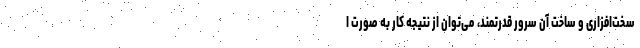
سخت‌افزاری و ساخت آن سرور قدرتمند، می‌توان از نتیجه کار به صورت ا